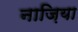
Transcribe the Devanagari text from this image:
नाज़िया